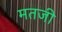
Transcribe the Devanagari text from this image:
मतजी